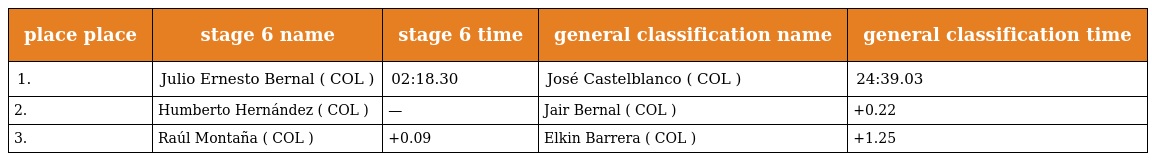
| place place | stage 6 name | stage 6 time | general classification name | general classification time |
 | --- | --- | --- | --- | --- |
 | 1. | Julio Ernesto Bernal ( COL ) | 02:18.30 | José Castelblanco ( COL ) | 24:39.03 |
 | 2. | Humberto Hernández ( COL ) | — | Jair Bernal ( COL ) | +0.22 |
 | 3. | Raúl Montaña ( COL ) | +0.09 | Elkin Barrera ( COL ) | +1.25 |